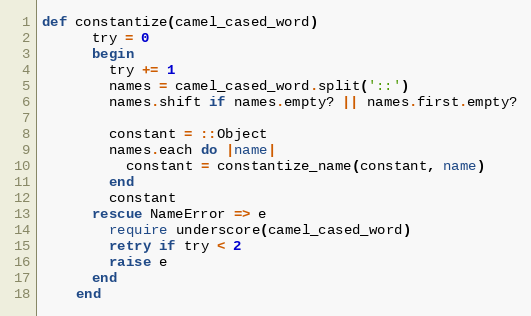
Language: Ruby
def constantize(camel_cased_word)
      try = 0
      begin
        try += 1
        names = camel_cased_word.split('::')
        names.shift if names.empty? || names.first.empty?

        constant = ::Object
        names.each do |name|
          constant = constantize_name(constant, name)
        end
        constant
      rescue NameError => e
        require underscore(camel_cased_word)
        retry if try < 2
        raise e
      end
    end